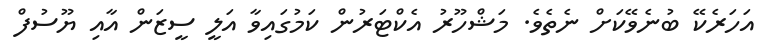
އަހަރެކޭ ބުނެވޭކަށް ނެތެވެ. މަޝްހޫރު އެކްޓަރުން ކަމުގައިވާ އަލީ ސީޒަން އާއި ޔޫސުފް